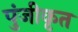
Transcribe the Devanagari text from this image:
पुंजीकृत